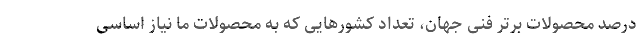
درصد محصولات برتر فنی جهان، تعداد کشورهایی که به محصولات ما نیاز اساسی